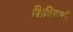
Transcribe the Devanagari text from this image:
शिविरार्थी